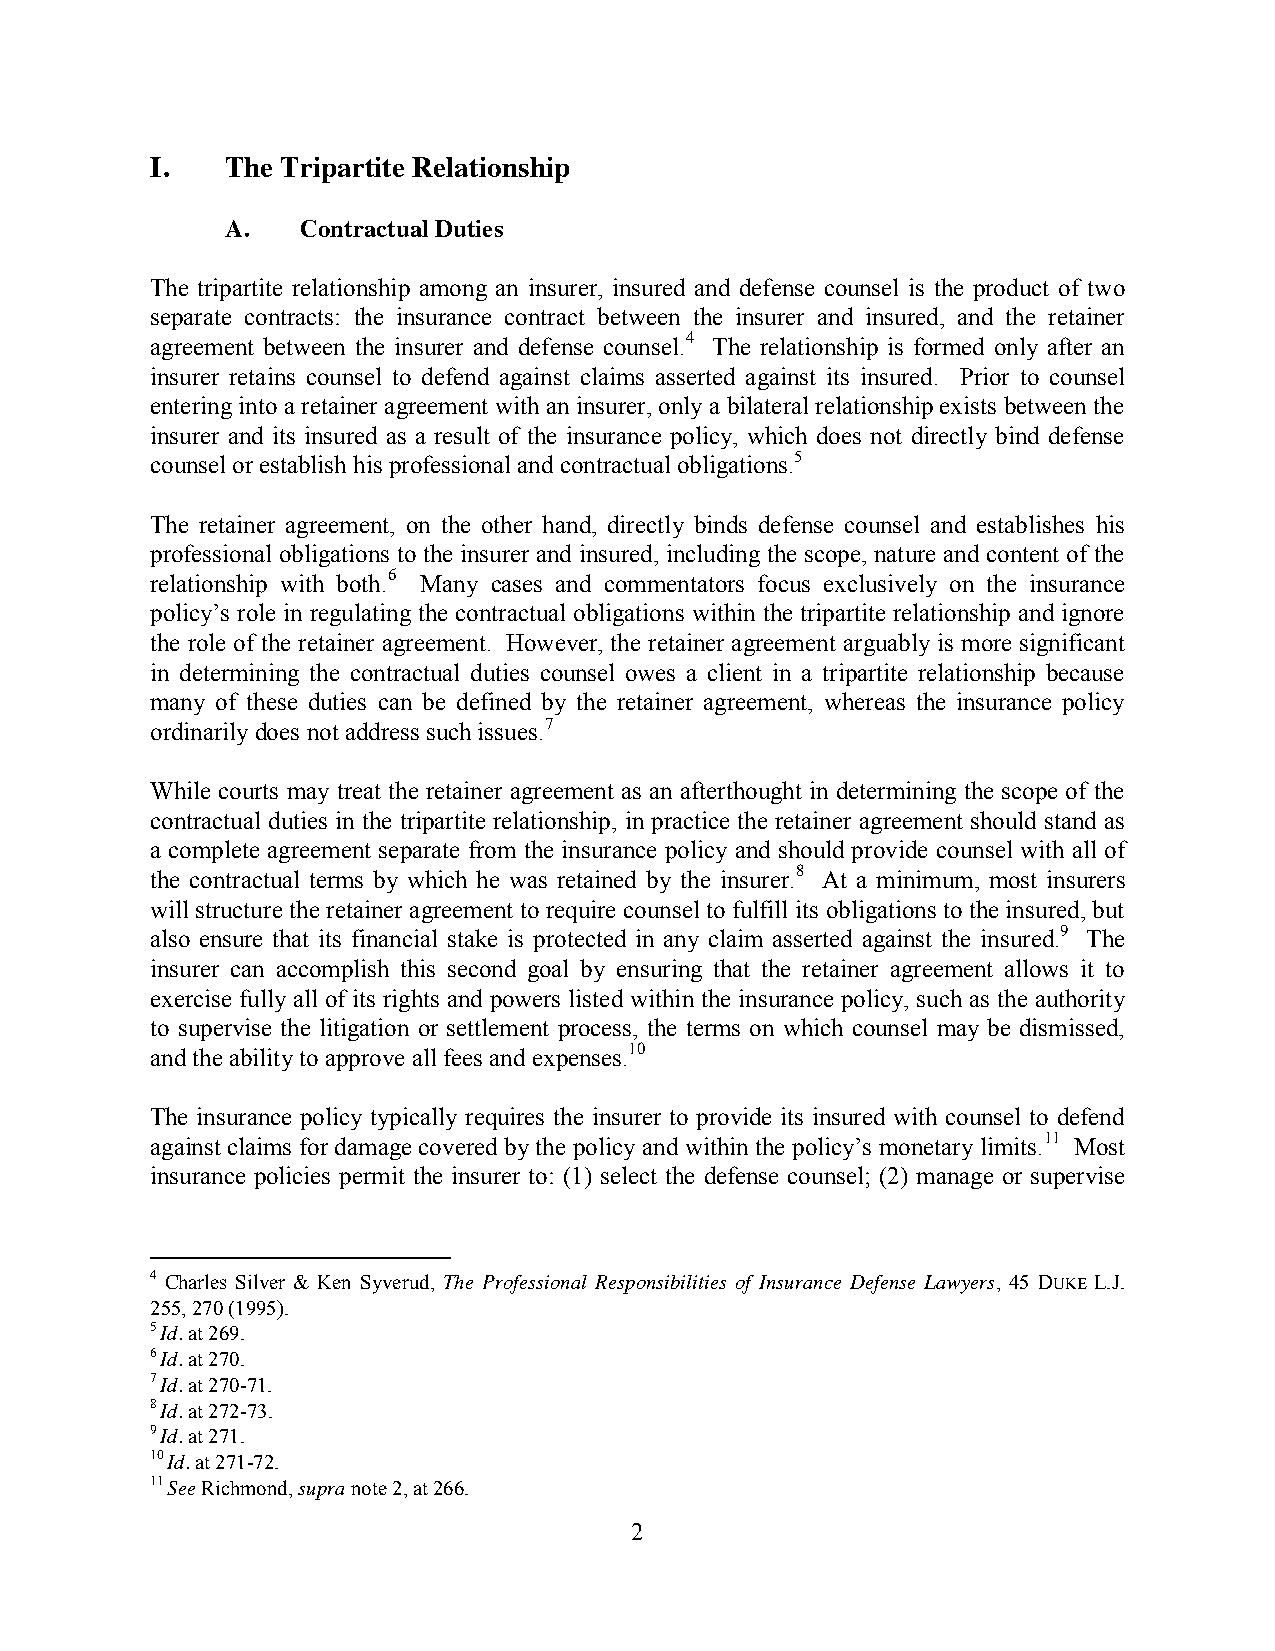
I.   The Tripartite Relationship
 A.   Contractual Duties
 The tripartite relationship among an insurer, insured and defense counsel is the product of two
 separate contracts: the insurance contract between the insurer and insured, and the retainer
 agreement between the insurer and defense counsel.4 The relationship is formed only after an
 insurer retains counsel to defend against claims asserted against its insured. Prior to counsel
 entering into a retainer agreement with an insurer, only a bilateral relationship exists between the
 insurer and its insured as a result of the insurance policy, which does not directly bind defense
 counsel or establish his professional and contractual obligations.5
 The retainer agreement, on the other hand, directly binds defense counsel and establishes his
 professional obligations to the insurer and insured, including the scope, nature and content of the
 relationship with both.6 Many cases and commentators focus exclusively on the insurance
 policy’s role in regulating the contractual obligations within the tripartite relationship and ignore
 the role of the retainer agreement. However, the retainer agreement arguably is more significant
 in determining the contractual duties counsel owes a client in a tripartite relationship because
 many of these duties can be defined by the retainer agreement, whereas the insurance policy
 ordinarily does not address such issues.7
 While courts may treat the retainer agreement as an afterthought in determining the scope of the
 contractual duties in the tripartite relationship, in practice the retainer agreement should stand as
 a complete agreement separate from the insurance policy and should provide counsel with all of
 the contractual terms by which he was retained by the insurer.8 At a minimum, most insurers
 will structure the retainer agreement to require counsel to fulfill its obligations to the insured, but
 also ensure that its financial stake is protected in any claim asserted against the insured.9 The
 insurer can accomplish this second goal by ensuring that the retainer agreement allows it to
 exercise fully all of its rights and powers listed within the insurance policy, such as the authority
 to supervise the litigation or settlement process, the terms on which counsel may be dismissed,
 and the ability to approve all fees and expenses.10
 The insurance policy typically requires the insurer to provide its insured with counsel to defend
 against claims for damage covered by the policy and within the policy’s monetary limits.11 Most
 insurance policies permit the insurer to: (1) select the defense counsel; (2) manage or supervise
 4 Charles Silver & Ken Syverud, The Professional Responsibilities of Insurance Defense Lawyers, 45 DUKE L.J.
 255, 270 (1995).
 5 Id. at 269.
 6 Id. at 270.
 7 Id. at 270-71.
 8 Id. at 272-73.
 9 Id. at 271.
 10 Id. at 271-72.
 11 See Richmond, supra note 2, at 266.
 2